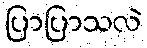
ပြာပြာသလဲ